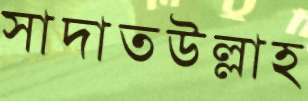
সাদাতউল্লাহ